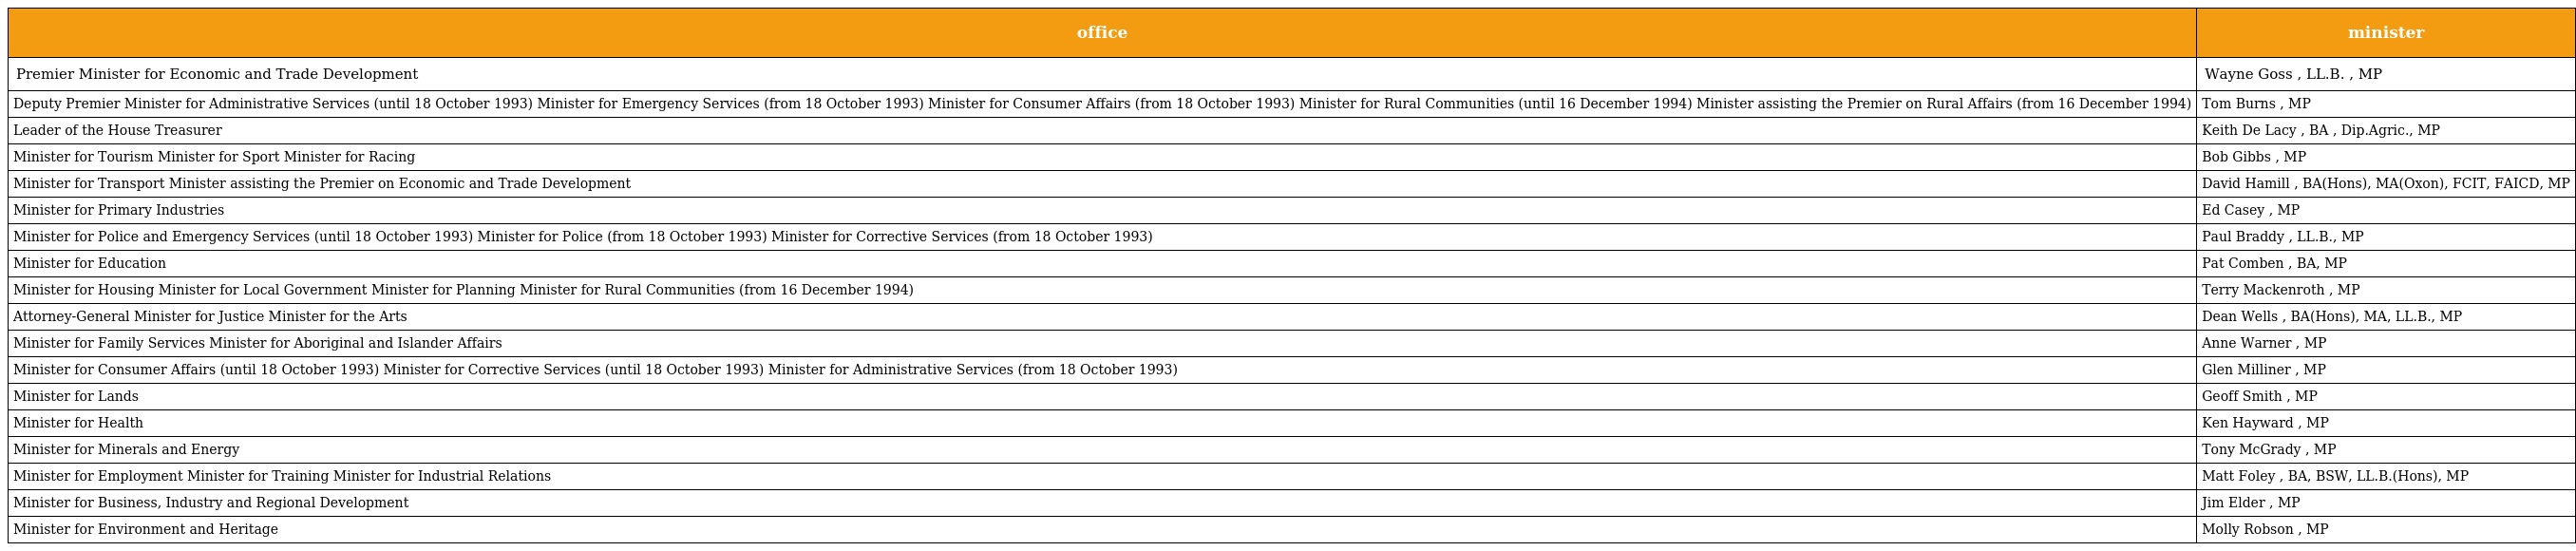
| office | minister |
 | --- | --- |
 | Premier Minister for Economic and Trade Development | Wayne Goss , LL.B. , MP |
 | Deputy Premier Minister for Administrative Services (until 18 October 1993) Minister for Emergency Services (from 18 October 1993) Minister for Consumer Affairs (from 18 October 1993) Minister for Rural Communities (until 16 December 1994) Minister assisting the Premier on Rural Affairs (from 16 December 1994) | Tom Burns , MP |
 | Leader of the House Treasurer | Keith De Lacy , BA , Dip.Agric., MP |
 | Minister for Tourism Minister for Sport Minister for Racing | Bob Gibbs , MP |
 | Minister for Transport Minister assisting the Premier on Economic and Trade Development | David Hamill , BA(Hons), MA(Oxon), FCIT, FAICD, MP |
 | Minister for Primary Industries | Ed Casey , MP |
 | Minister for Police and Emergency Services (until 18 October 1993) Minister for Police (from 18 October 1993) Minister for Corrective Services (from 18 October 1993) | Paul Braddy , LL.B., MP |
 | Minister for Education | Pat Comben , BA, MP |
 | Minister for Housing Minister for Local Government Minister for Planning Minister for Rural Communities (from 16 December 1994) | Terry Mackenroth , MP |
 | Attorney-General Minister for Justice Minister for the Arts | Dean Wells , BA(Hons), MA, LL.B., MP |
 | Minister for Family Services Minister for Aboriginal and Islander Affairs | Anne Warner , MP |
 | Minister for Consumer Affairs (until 18 October 1993) Minister for Corrective Services (until 18 October 1993) Minister for Administrative Services (from 18 October 1993) | Glen Milliner , MP |
 | Minister for Lands | Geoff Smith , MP |
 | Minister for Health | Ken Hayward , MP |
 | Minister for Minerals and Energy | Tony McGrady , MP |
 | Minister for Employment Minister for Training Minister for Industrial Relations | Matt Foley , BA, BSW, LL.B.(Hons), MP |
 | Minister for Business, Industry and Regional Development | Jim Elder , MP |
 | Minister for Environment and Heritage | Molly Robson , MP |